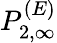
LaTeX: P_{2,\infty}^{(E)}